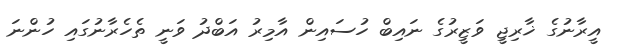
އީރާނުގެ ޚާރިޖީ ވަޒީރުގެ ނައިބް ހުސައިން އާމިރު އަބްދު ވަނީ ތެހެރާނުގައި ހުންނަ